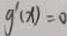
g ^ { \prime } ( x ) = 0